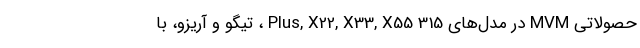
حصولاتی MVM در مدل‌های 315 Plus, X22, X33, X55 ، تیگو و آریزو، با